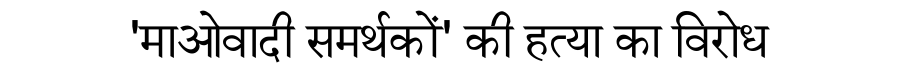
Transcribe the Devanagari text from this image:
'माओवादी समर्थकों' की हत्या का विरोध